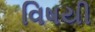
વિષયી